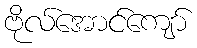
ဗိုလ်အောင်ကျော်